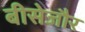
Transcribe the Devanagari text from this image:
बीसेजौर